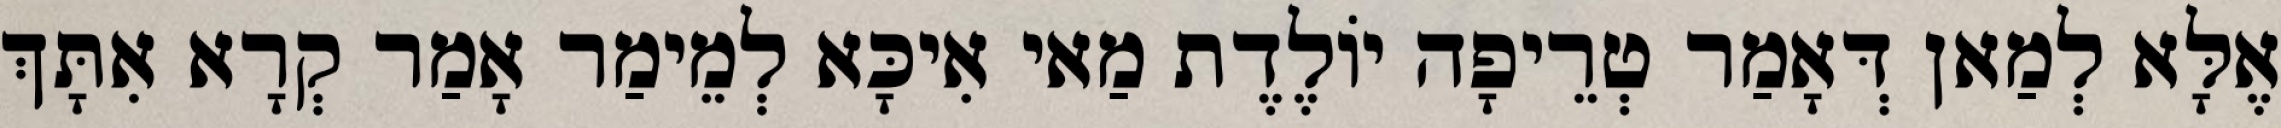
אֶלָּא לְמַאן דְּאָמַר טְרֵיפָה יוֹלֶדֶת מַאי אִיכָּא לְמֵימַר אָמַר קְרָא אִתָּךְ